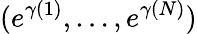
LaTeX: (e^{\gamma(1)},\dots,e^{\gamma(N)})